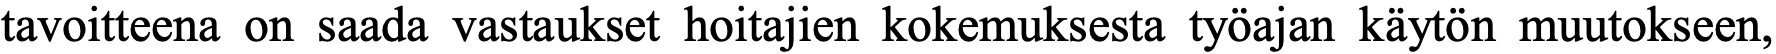
tavoitteena on saada vastaukset hoitajien kokemuksesta työajan käytön muutokseen,